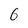
Character: 6